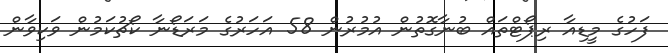
ފަހުގެ މީޑިއާ ރިޕޯޓްތައް ބުނާގޮތުން އުމުރުން 58 އަހަރުގެ މަރަޑޯނާ ކޯޗުކަމުން ވަކިވާން